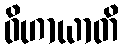
ဝိဟာယာတိ